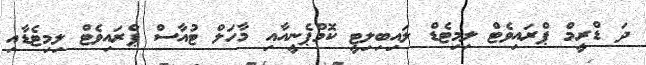
ދަ ޑްރީމް ޕްރައިވެޓް ލިމިޓެޑް ލައިބިލިޓީ ކޮމްޕެނީއާއި މާހަލް ޓުއާސް ޕްރައިވެޓް ލިމިޓެޑާއި